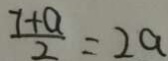
\frac { 7 + a } { 2 } = 2 a